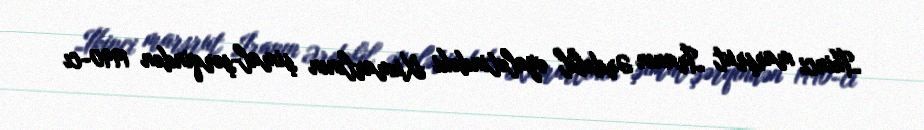
İkinci marşrut İranın Ərdəbil əyalətindəki Xumarlının şimal-şərqindən 1990-cı